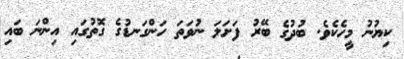
ކިޔުނު މީހެކެވެ. ބުދުގެ ބޭރު ފަށަލަ ނުވަތަ ހަންގަނޑުގެ ގޮތުގައި އިންނަ ބައި